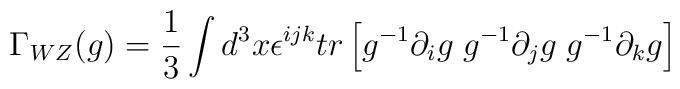
\Gamma_{WZ}(g)={1\over 3}\int d^3 x\epsilon^{ijk}tr\left[g^{-1}\partial_i g\;g^{-1}\partial_j g \;g^{-1}\partial_k g\right]